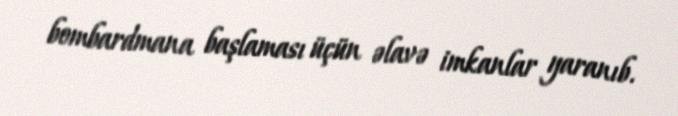
bombardmana başlaması üçün əlavə imkanlar yaranıb.